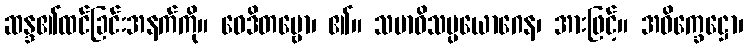
ဆန္ဒ၏ထင်ခြင်းအနက်ကို။ ဝေဒိတဗ္ဗော၊ ၏။ သမာဓိသမ္ပယောဂေန၊ အားဖြင့်။ အဝိက္ခေဋ္ဌော၊